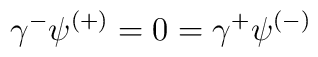
\gamma^{-}\psi^{(+)} = 0 = \gamma^{+}\psi^{(-)}